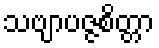
သဗျာပဇ္ဇစိတ္တာ